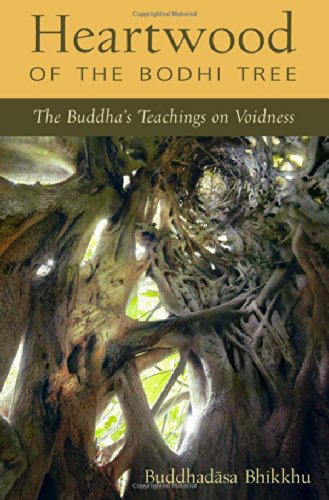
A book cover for Heartwood of the Bodhi Tree: The Buddha's Teaching on Voidness; Ajahn Buddhadasa Bhikkhu; Religion & Spirituality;